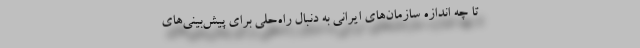
تا چه اندازه سازمان‌های ایرانی به دنبال راه‌حلی برای پیش‌بینی‌های